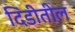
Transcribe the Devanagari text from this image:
दिंडीतील